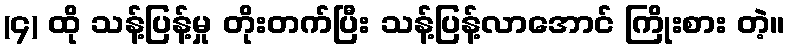
(၄) ထို သန့်ပြန့်မှု တိုးတက်ပြီး သန့်ပြန့်လာအောင် ကြိုးစား တဲ့။